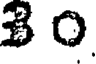
30